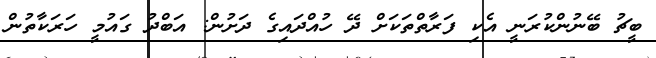
ބީޗު ބޭނުންކުރަނީ އެކި ފަރާތްތަކަށް ދޭ ހުއްދައިގެ ދަށުން: އަބްދު ގައުމީ ހަރަކާތުން